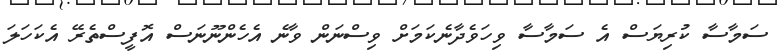
ސަމާސާ ކުރިޔަސް އެ ސަމާސާ ވިހަވެދާނެކަމަށް ވިސްނަން ވާނެ އެހެންނޫނަސް އޮފީސްތެރޭ އެކަހަލަ